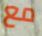
مع